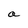
Character: a